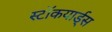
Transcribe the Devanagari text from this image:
स्टॉकयार्ड्स